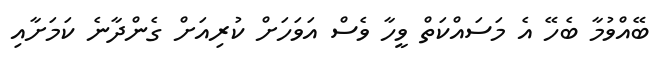
ބޭއްވުމާ ބެހޭ އެ މަސައްކަތް ވީހާ ވެސް އަވަހަށް ކުރިއަށް ގެންދާނެ ކަމަށާއި